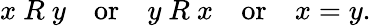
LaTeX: x\ R\ y\quad{\mathrm{or}}\quad y\ R\ x\quad{\mathrm{or}}\quad x=y.